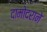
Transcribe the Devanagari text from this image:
दामोदराने